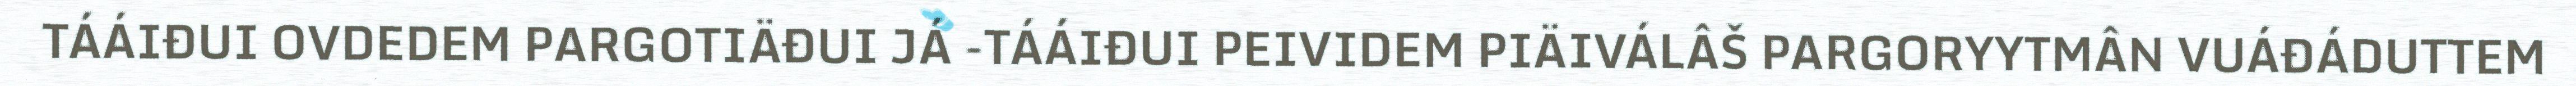
TÁÁIĐUI OVDEDEM PARGOTIÄĐUI JÁ -TÁÁIĐUI PEIVIDEM PIÄIVÁLÂŠ PARGORYYTMÂN VUÁĐÁDUTTEM